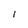
Character: 1